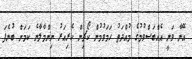
އޭނާ ވަނީ އެއްބަސްވުމުގެ މުއްދަތު ހަމަވުމުން ކޯޗިން ކެރިއަރު ނިންމާލާނެ ކަމަށް ބުނެފަ